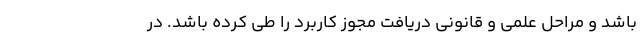
باشد و مراحل علمی و قانونی دریافت مجوز کاربرد را طی کرده باشد. در